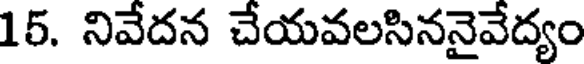
15. నివేదన చేయవలసిననైవేద్యం